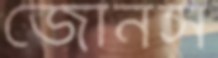
জোনস